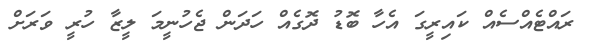
ރައްޓެއްސެއް ކައިރީގަ އެހާ ބޮޑު ދޮގެއް ހަދަން ޖެހުނީމަ ލީޒާ ހުރީ ވަރަށް